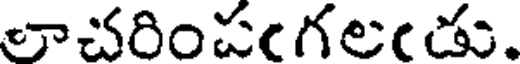
లాచరింపగలడు.